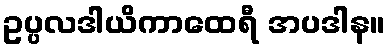
ဥပ္ပလဒါယိကာထေရီ အပဒါန။